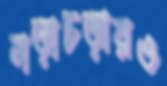
নড়াচড়ারও